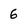
Character: 6